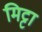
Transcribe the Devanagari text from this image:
मिट्टा